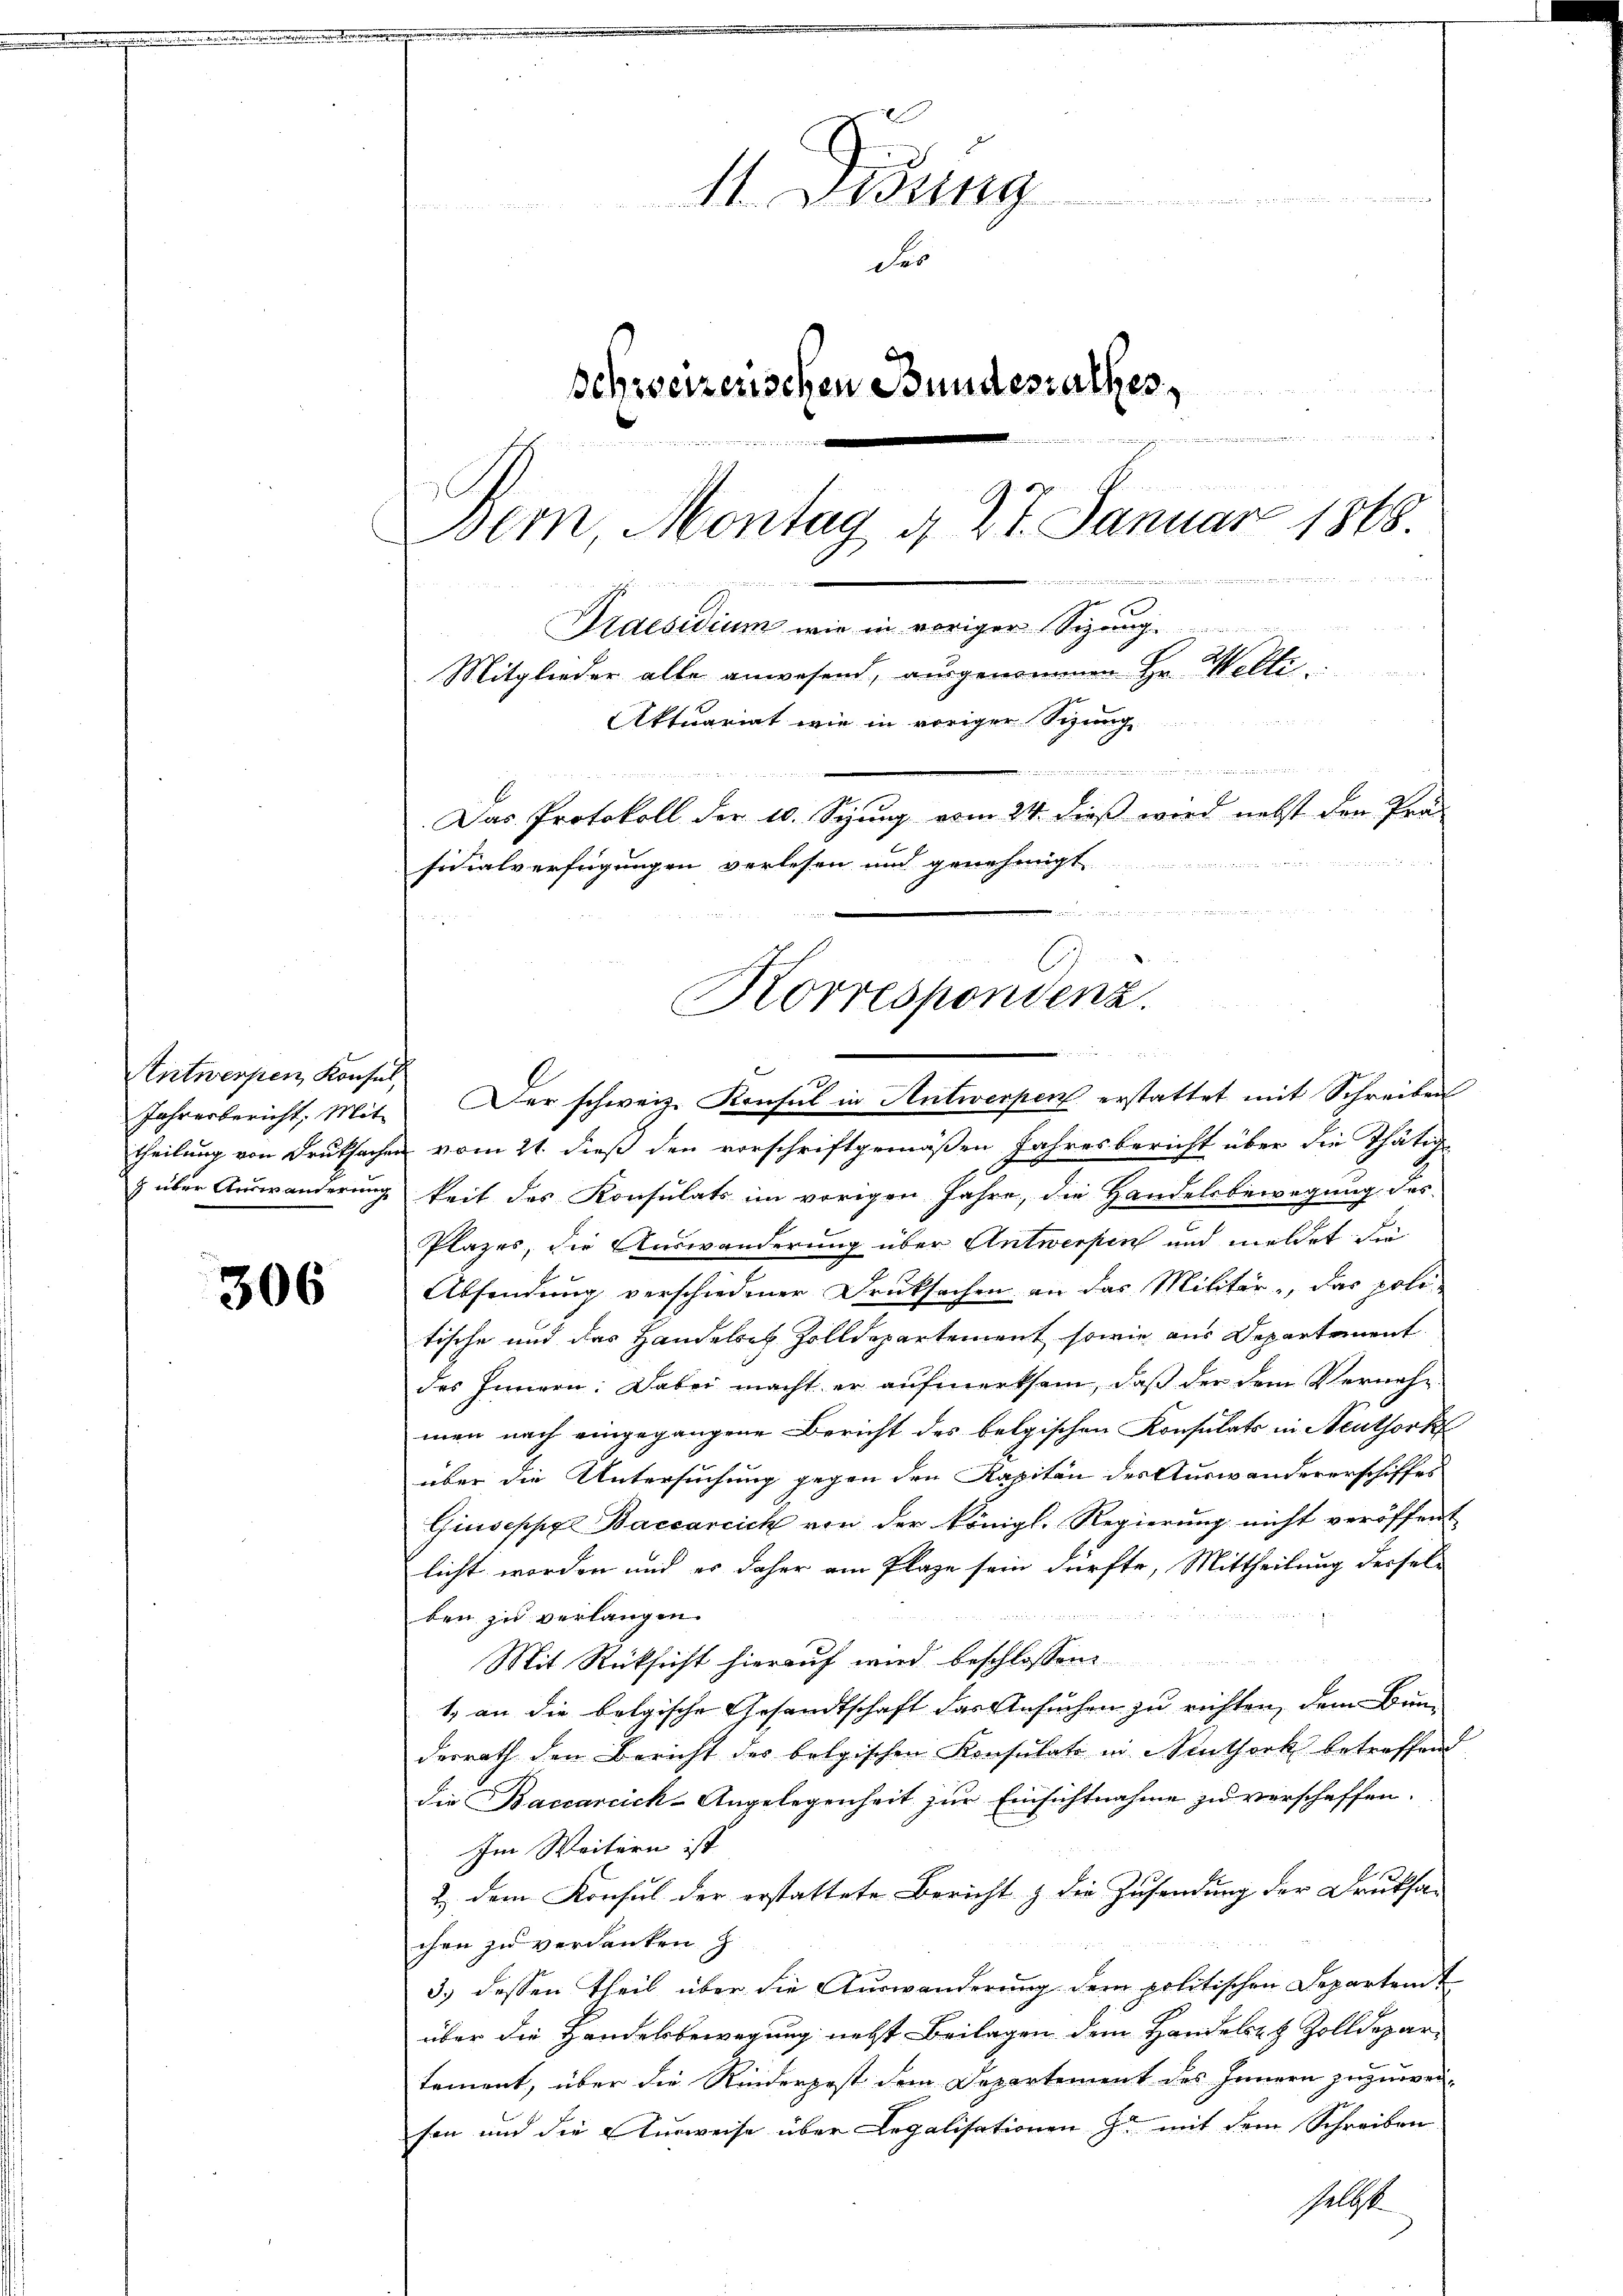
Antwerpen Konsul

306

Didung

Fr
d
Schreizerischen Bundesrathes,
  gegen in er in ein
E
Bern, Montag d. 27. Januar 1848.
u
denden gegende der dies
Praesidium wie in voriger Sizung
Mitglieder alle anwesend, ausgenommen Hr. Welti.
Aktuariat wie in voriger Sitzung

Das Protokoll der 10. Sizung vom 24. dieß wird nebst der Prä-

sidialverfügungen verlesen und genehmigt

Korrespondenz.

e

Jahresbericht, Mit Der schweiz. Konsul in Antwerpen erstattet mit Schreiben
theilung von Druksachen vom 21. dieß den vorschriftgemäßen Jahresbericht über die Thätige
z über Auswanderung keit des Konsulats im vorigen Jahre, die Handelsbewegung des
Plazes, die Auswanderung über Antwerpen und meldet die
Absendung verschiedener Druksachen an das Militär, das poli-
tische und das Handelses Zolldepartement, sowie aus Departement
des Innern. Dabei macht er aŭfmerksam, daβ der dem Verneh-
men nach eingegangene Bericht des belgischen Konsulats in Neuthork
über die Untersuchung gegen den Kapitän des Auswandererschiffes
Giuseppe Baccarcick von der königl. Regierung nicht veröffent
licht worden und er daher am Plage sein dürfte, Mittheilung dersel-

ben zu verlangen.
Mit Rücksicht hierauf wird beschlossen:
1. an die belgische Gesandtschaft das Ansuchen zu richten, dem Bun
derrath den Bericht des belgischen Konsulats in Authork betreffend
die Baccarcick-Angelegenheit zur Einsichtnahme zu verschaffen.
Im Weitern ist
2. dem Konsul der erstattete Bericht z. die Zusendung der Druksa-
chen zu verdanken z
3.) dessen Theil über die Auswanderung dem politischen Departent
über die Handelsbewegung nebst Beilagen dem Handelst Zolldepartament, über die Rinderpest dem Departement des Innern zuzuweisen und die Ausweise über Legalisationen zu mit dem Schreiben
Geldst